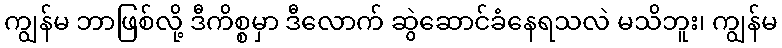
ကျွန်မ ဘာဖြစ်လို့ ဒီကိစ္စမှာ ဒီလောက် ဆွဲဆောင်ခံနေရသလဲ မသိဘူး၊ ကျွန်မ